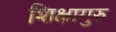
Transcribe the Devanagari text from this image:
शिक्षागुरु